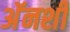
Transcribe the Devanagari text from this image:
अॅनशी